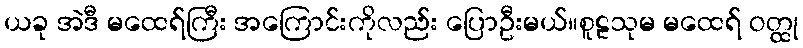
ယခု အဲဒီ မထေရ်ကြီး အကြောင်းကိုလည်း ပြောဦးမယ်။စူဠသုမ မထေရ် ဝတ္ထု